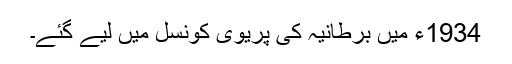
1934ء میں برطانیہ کی پریوی کونسل میں لیے گئے۔